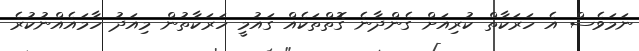
ނަމަވެސް އެ ހަރަކާތް ކުރިއަށް ގެންދާނެ ގޮތްތަކެއް ގައުމީ ހަރަކާތުން މިއަދު ހާމައެއްނުކުރެ